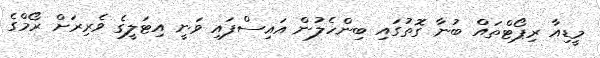
މީޑިއާ ރިޕޯޓްތައް ބުނާ ގޮތުގައި ބިންހެލުން އައިސްފައި ވަނީ އިޓަލީގެ ވެރިރަށް ރޯމްގެ